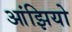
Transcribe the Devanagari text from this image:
आंझियो